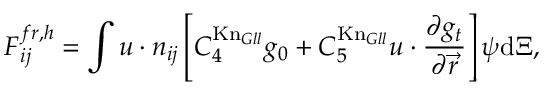
\boldsymbol { F } _ { i j } ^ { f r , h } = \int \boldsymbol { u } \cdot \boldsymbol { n } _ { i j } \left[ C _ { 4 } ^ { \mathrm { K n } _ { G l l } } g _ { 0 } + C _ { 5 } ^ { \mathrm { K n } _ { G l l } } \boldsymbol { u } \cdot \frac { \partial g _ { t } } { \partial \vec { r } } \right] \boldsymbol { \psi } \mathrm { { d } } \boldsymbol { \Xi } ,